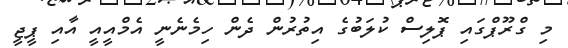
މި ގްރޫޕްގައި ޕޮލިސް ކުލަބުގެ އިތުރުން ދެން ހިމެނެނީ އެމްއީއީ އާއި ޕީޖީ